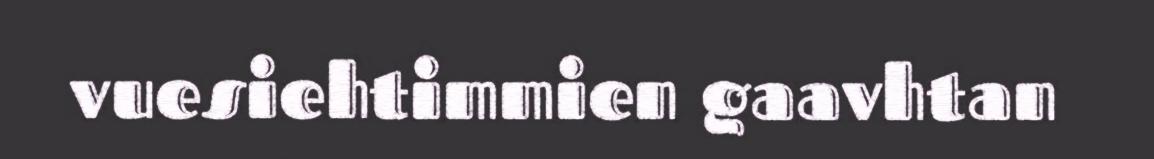
vuesiehtimmien gaavhtan